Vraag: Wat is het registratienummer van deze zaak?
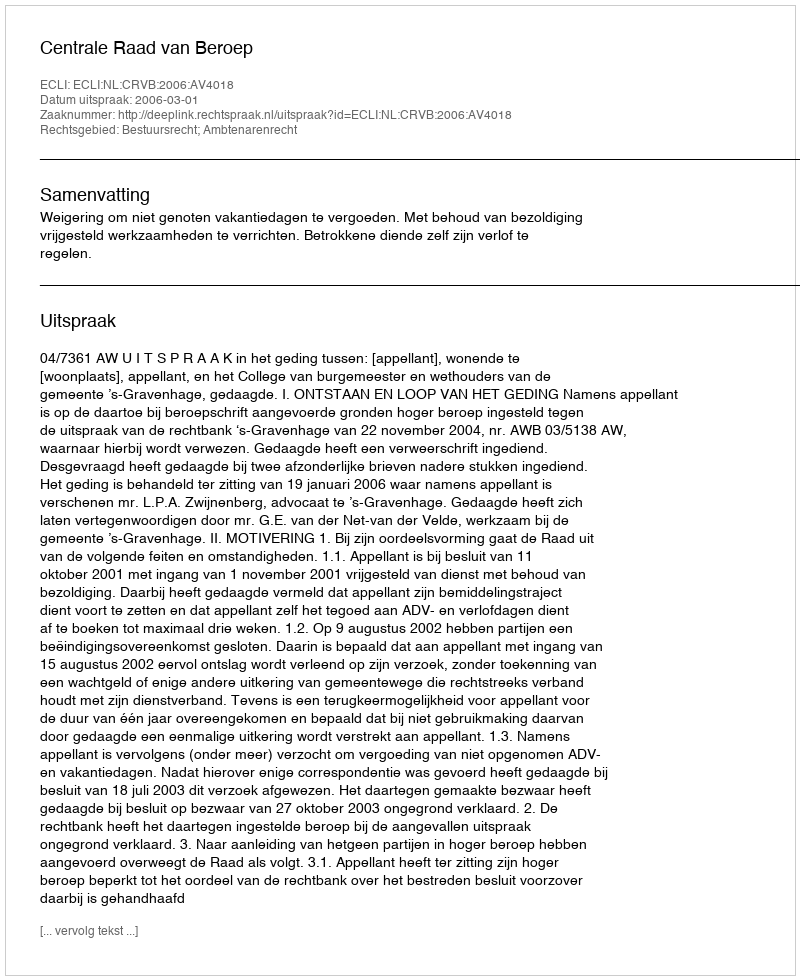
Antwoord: http://deeplink.rechtspraak.nl/uitspraak?id=ECLI:NL:CRVB:2006:AV4018